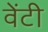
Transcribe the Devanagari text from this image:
वेंटी